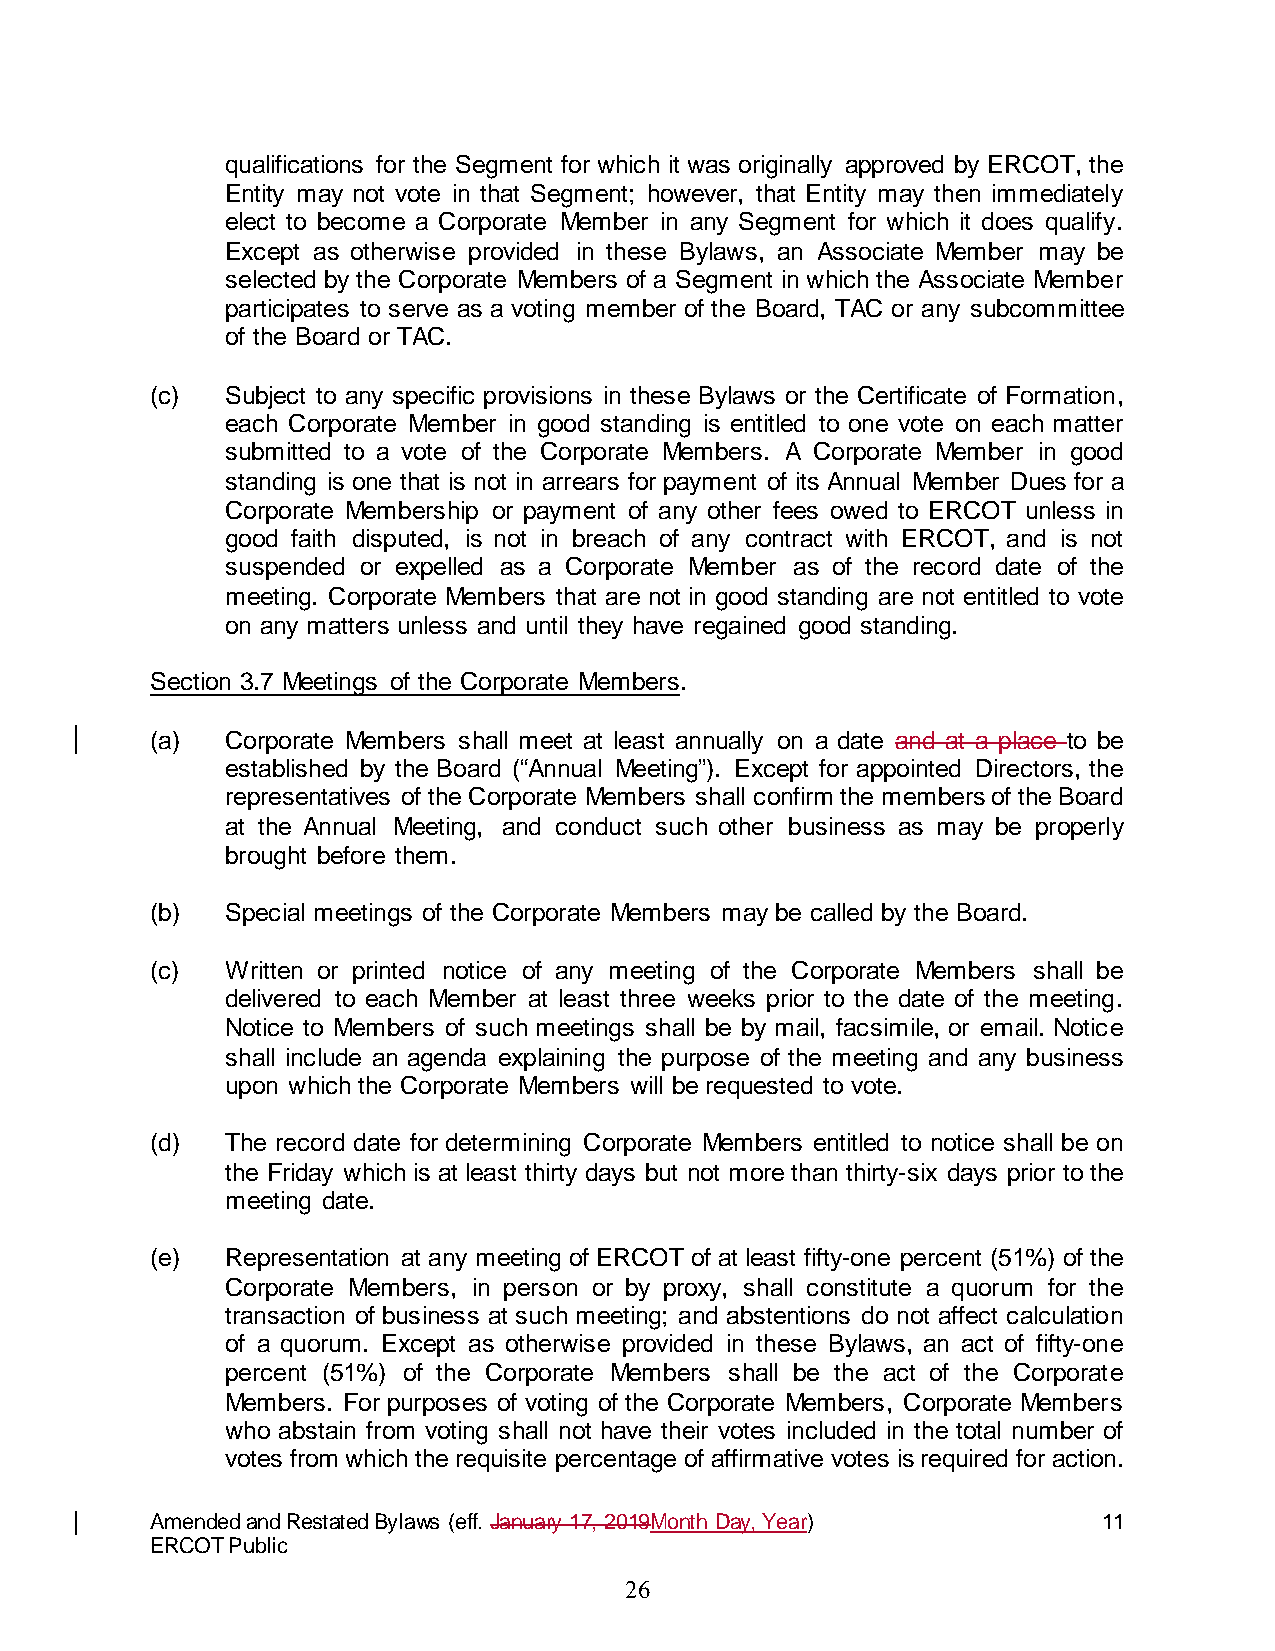
qualifications for the Segment for which it was originally approved by ERCOT, the
 Entity may not vote in that Segment; however, that Entity may then immediately
 elect to become a Corporate Member in any Segment for which it does qualify.
 Except as otherwise provided in these Bylaws, an Associate Member may be
 selected by the Corporate Members of a Segment in which the Associate Member
 participates to serve as a voting member of the Board, TAC or any subcommittee
 of the Board or TAC.
 (c)  Subject to any specific provisions in these Bylaws or the Certificate of Formation,
 each Corporate Member in good standing is entitled to one vote on each matter
 submitted to a vote of the Corporate Members. A Corporate Member in good
 standing is one that is not in arrears for payment of its Annual Member Dues for a
 Corporate Membership or payment of any other fees owed to ERCOT unless in
 good faith disputed, is not in breach of any contract with ERCOT, and is not
 suspended or expelled as a Corporate Member as of the record date of the
 meeting. Corporate Members that are not in good standing are not entitled to vote
 on any matters unless and until they have regained good standing.
 Section 3.7 Meetings of the Corporate Members.
 (a)  Corporate Members shall meet at least annually on a date and at a place to be
 established by the Board (“Annual Meeting”). Except for appointed Directors, the
 representatives of the Corporate Members shall confirm the members of the Board
 at the Annual Meeting, and conduct such other business as may be properly
 brought before them.
 (b)  Special meetings of the Corporate Members may be called by the Board.
 (c)  Written or printed notice of any meeting of the Corporate Members shall be
 delivered to each Member at least three weeks prior to the date of the meeting.
 Notice to Members of such meetings shall be by mail, facsimile, or email. Notice
 shall include an agenda explaining the purpose of the meeting and any business
 upon which the Corporate Members will be requested to vote.
 (d)  The record date for determining Corporate Members entitled to notice shall be on
 the Friday which is at least thirty days but not more than thirty-six days prior to the
 meeting date.
 (e)  Representation at any meeting of ERCOT of at least fifty-one percent (51%) of the
 Corporate Members, in person or by proxy, shall constitute a quorum for the
 transaction of business at such meeting; and abstentions do not affect calculation
 of a quorum. Except as otherwise provided in these Bylaws, an act of fifty-one
 percent (51%) of the Corporate Members shall be the act of the Corporate
 Members. For purposes of voting of the Corporate Members, Corporate Members
 who abstain from voting shall not have their votes included in the total number of
 votes from which the requisite percentage of affirmative votes is required for action.
 Amended and Restated Bylaws (eff. January 17, 2019Month Day, Year) 11
 ERCOT Public
 26